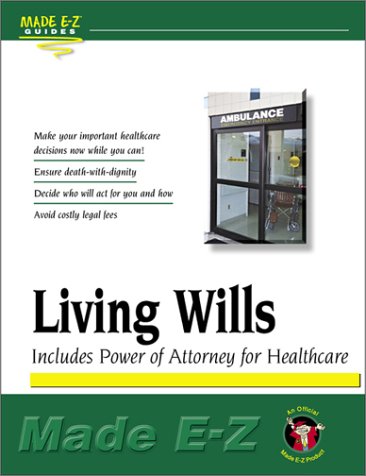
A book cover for Living Wills Made E-Z (Made E-Z Guides); Made E-Z; Law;